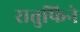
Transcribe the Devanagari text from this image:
रातुफिने